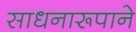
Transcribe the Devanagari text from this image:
साधनारूपाने